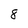
Character: 8